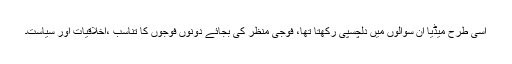
اسی طرح میڈیا ان سوالوں میں دلچسپی رکھتا تھا، فوجی منظر کی بجائے دونوں فوجوں کا تناسب ،اخلاقیات اور سیاست۔